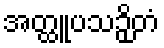
အတ္ထူပသဉှိတံ